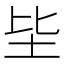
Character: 坒